Report of the Indian Hemp Drugs Commission, 1894-1895 - Volume III
Year: 1894
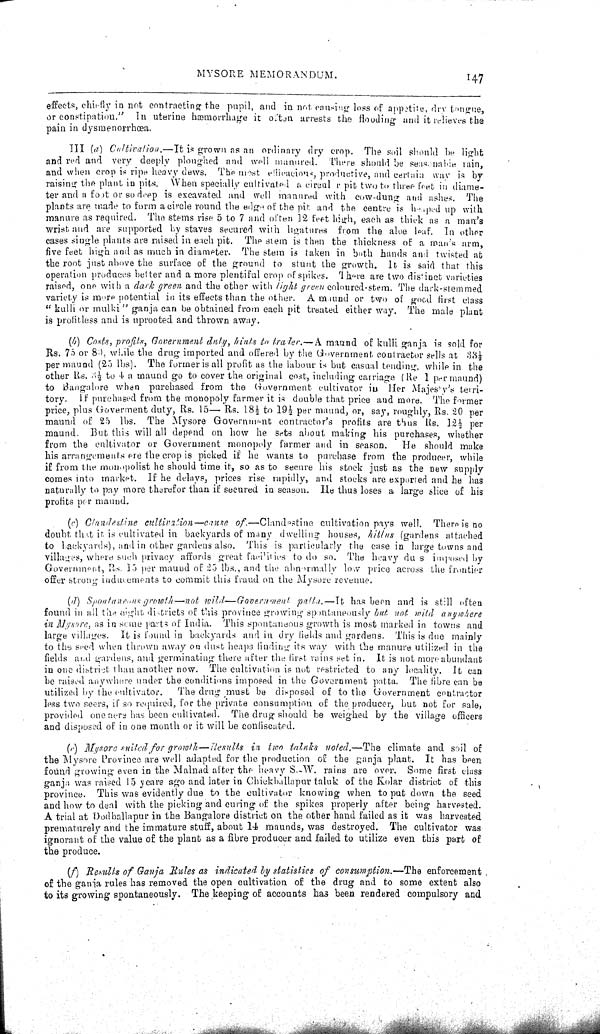
MYSORE MEMORANDUM.
147
effects, chiefly in not contracting the pupil, and in not causing loss of appetite, dry tongue,
or constipation." In uterine hæmorrhage it often arrests the flooding and it relieves the
pain in dysmenorrhœa.
III (a) Cultivation.—It is grown as an ordinary dry crop. The soil should be light
and red and very deeply ploughed and well manured. There should be seasonable rain,
and when crop is ripe heavy dews. The most efficacious, productive, and certain way is by
raising the plant in pits. When specially cultivated a circul r pit two to three Feet in diame-
ter and a foot or so deep is excavated and well manured with cow-dung and ashes. The
plants are made to form a circle round the edge of the pit and the centre is heaped up with
manure as required. The stems rise 5 to 7 and often 12 feet high, each as thick as a man's
wrist and are supported by staves secured with ligatures from the aloe leaf. In other
cases single plants are raised in each pit. The stem is then the thickness of a man's arm,
five feet high and as much in diameter. The stem is taken in both hands and twisted at
the root just above the surface of the ground to stunt the growth. It is said that this
operation produces better and a more plentiful crop of spikes. There are two distinct varieties
raised, one with a dark green and the other with light green coloured-stem. The dark-stemmed
variety is more potential in its effects than the other. A maund or two of good first class
"kulli or mulki" ganja can be obtained from each pit treated either way. The male plant
is profitless and is uprooted and thrown away.
(b) Costs, profits, Government duty, hints to trader.—A maund of kulli ganja is sold for
Rs. 75 or 89, while the drug imported and offered by the Government contractor sells at 331/2
per maund (25 lbs). The former is all profit as the labour is but casual tending, while in the
other Rs. 31/2 to 4 a maund go to cover the original cost, including carriage (Re 1 per maund)
to Bangalore when purchased from the Government cultivator in Her Majesty's terri-
tory. If purchased from the monopoly farmer it is double that price and more. The former
price, plus Government duty, Rs. 15—Rs. 181/2 to 191/2 per maund, or, say, roughly, Rs. 20 per
maund of 25 lbs. The Mysore Government contractor's profits are thus Rs. 121/2 per
maund. But this will all depend on how he sets about making his purchases, whether
from the cultivator or Government monopoly farmer and in season.
He should make
his arrangements ere the crop is picked if he wants to purchase from the producer, while
if from the monopolist he should time it, so as to secure his stock just as the new supply
comes into market. If he delays, prices rise rapidly, and stocks are exported and he has
naturally to pay more therefor than if secured in season. He thus loses a large slice of his
profits per maund.
(c) Clandestine cultivation—cause of.—Clandestine
cultivation pays well. There is no
doubt that it is cultivated in backyards of many dwelling houses, hitlus (gardens attached
to backyards), and in other gardens also. This is particularly the case in large towns and
villages, where such privacy affords great facilities to do so. The heavy dus imposed by
Government, Rs. 15 per maund of 25 lbs., and the abnormally low price across the frontier
offer strong inducements to commit this fraud on the Mysore revenue.
(d) Spontaneous growth—not wild—Government patta.—It has been and is still often
found in all the eight districts of this province growing spontaneously but not wild anywhere
in Mysore, as in some parts of India. This spontaneous growth is most marked in towns and
large villages. It is found in backyards and in dry fields and gardens. This is due mainly
to the seed when thrown away on dust heaps finding its way with the manure utilized in the
fields and gardens, and germinating there after the first rains set in. It is not more abundant
in one district than another now. The cultivation is not restricted to any locality. It can
be raised anywhere under the conditions imposed in the Government patta. The fibre can be
utilized by the cultivator.
The drug must be disposed of to the Government contractor
less two seers, if so required, for the private consumption of the producer, but not for sale,
provided one acre has been cultivated. The drug should be weighed by the village officers
and disposed of in one month or it will be confiscated.
(e) Mysore suited for growth—Results in two taluks noted.—The climate and soil of
the Mysore Province are well adapted for the production of the ganja plant. It has been
found growing even in the Malnad after the heavy S.W. rains are over. Some first class
ganja was raised 15 years ago and later in Chickballapur taluk of the Kolar district of this
province. This was evidently due to the cultivator knowing when to put down the seed
and how to deal with the picking and curing of the spikes properly after being harvested.
A trial at Dodballapur in the Bangalore district on the other hand failed as it was harvested
prematurely and the immature stuff, about 14 maunds, was destroyed. The cultivator was
ignorant of the value of the plant as a fibre producer and failed to utilize even this part of
the produce.
(f) Results of Ganja Rules as indicated by statistics of consumption.—The enforcement
of the gania rules has removed the open cultivation of the drug and to some extent also
to its growing spontaneously. The keeping of accounts has been rendered compulsory and